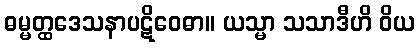
ဓမ္မတ္ထဒေသနာပဋိဝေဓာ။ ယသ္မာ သသာဒီဟိ ဝိယ